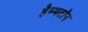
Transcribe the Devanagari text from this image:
हैम्पटॉन